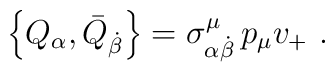
\left\{ Q_\alpha ,\bar{Q}_{\dot{\beta}}\right\} =\sigma _{\alpha \dot{\beta}}^\mu \,p_\mu v_{+}\,\,.